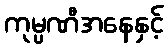
ကုမ္ပဏီအနေနှင့်